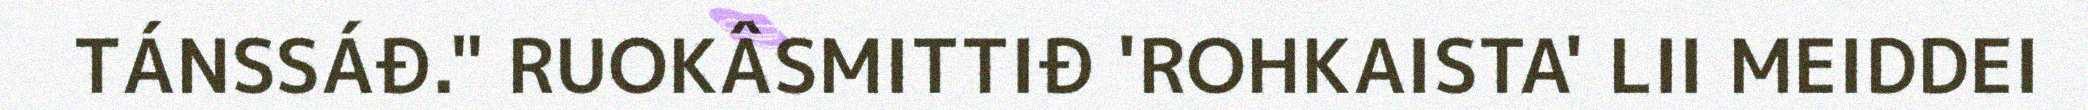
TÁNSSÁĐ." RUOKÂSMITTIĐ 'ROHKAISTA' LII MEIDDEI